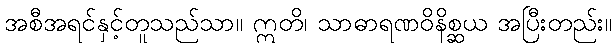
အစီအရင်နှင့်တူသည်သာ။ ဣတိ၊ သာဓာရဏဝိနိစ္ဆယ အပြီးတည်း။